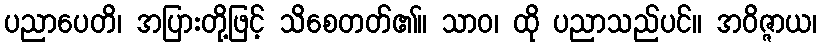
ပညာပေတိ၊ အပြားတို့ဖြင့် သိစေတတ်၏။ သာဝ၊ ထို ပညာသည်ပင်။ အဝိဇ္ဇာယ၊